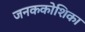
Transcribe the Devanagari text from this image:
जनककोशिका